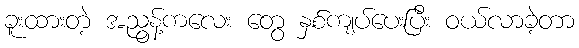
ခူးထားတဲ့ အညွန့်ကလေး တွေ နှစ်ကျပ်ပေးပြီး ဝယ်လာခဲ့တာ